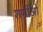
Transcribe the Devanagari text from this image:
शर्माओ